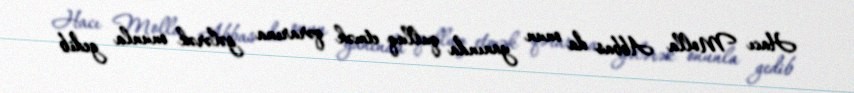
Hacı Molla Abbas da onun yanında qulluq etmək qərarına gələrək onunla gedib